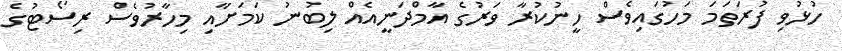
ހުޅުވި ފުރަތަމަ މަހުގައިވެސް ހީނުކުރާ ވަރުގެ އާމްދަނީއެއް ލިބުނު ކަމަށާއި މިހާރުވެސް ރިސޯޓުގެ